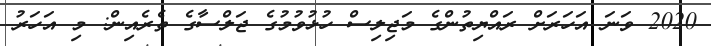
2020 ވަނަ އަހަރަށް ރައްޔިތުންގެ މަޖިލިސް ހުޅުވުމުގެ ޖަލްސާގެ ތެރެއިން: މި އަހަރު